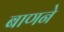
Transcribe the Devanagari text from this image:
बाणने